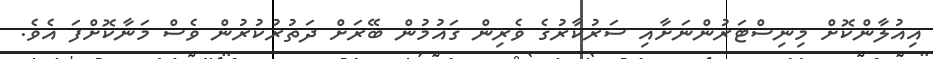
އިއުލާންކޮށް މިނިސްޓަރުންނަށާއި ސަރުކާރުގެ ވެރިން ގައުމުން ބޭރަށް ދަތުރުކުރުން ވެސް މަނާކޮށްފަ އެވެ.